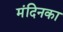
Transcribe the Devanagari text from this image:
मंदिनका